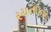
રચનાકાર